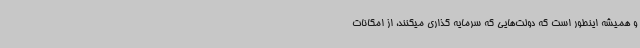
و همیشه اینطور است که دولت‌هایی که سرمایه گذاری میکنند، از امکانات